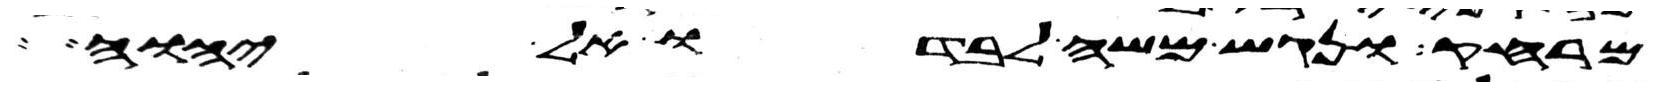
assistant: מרחק ונגש משה לבדו אל יהוה